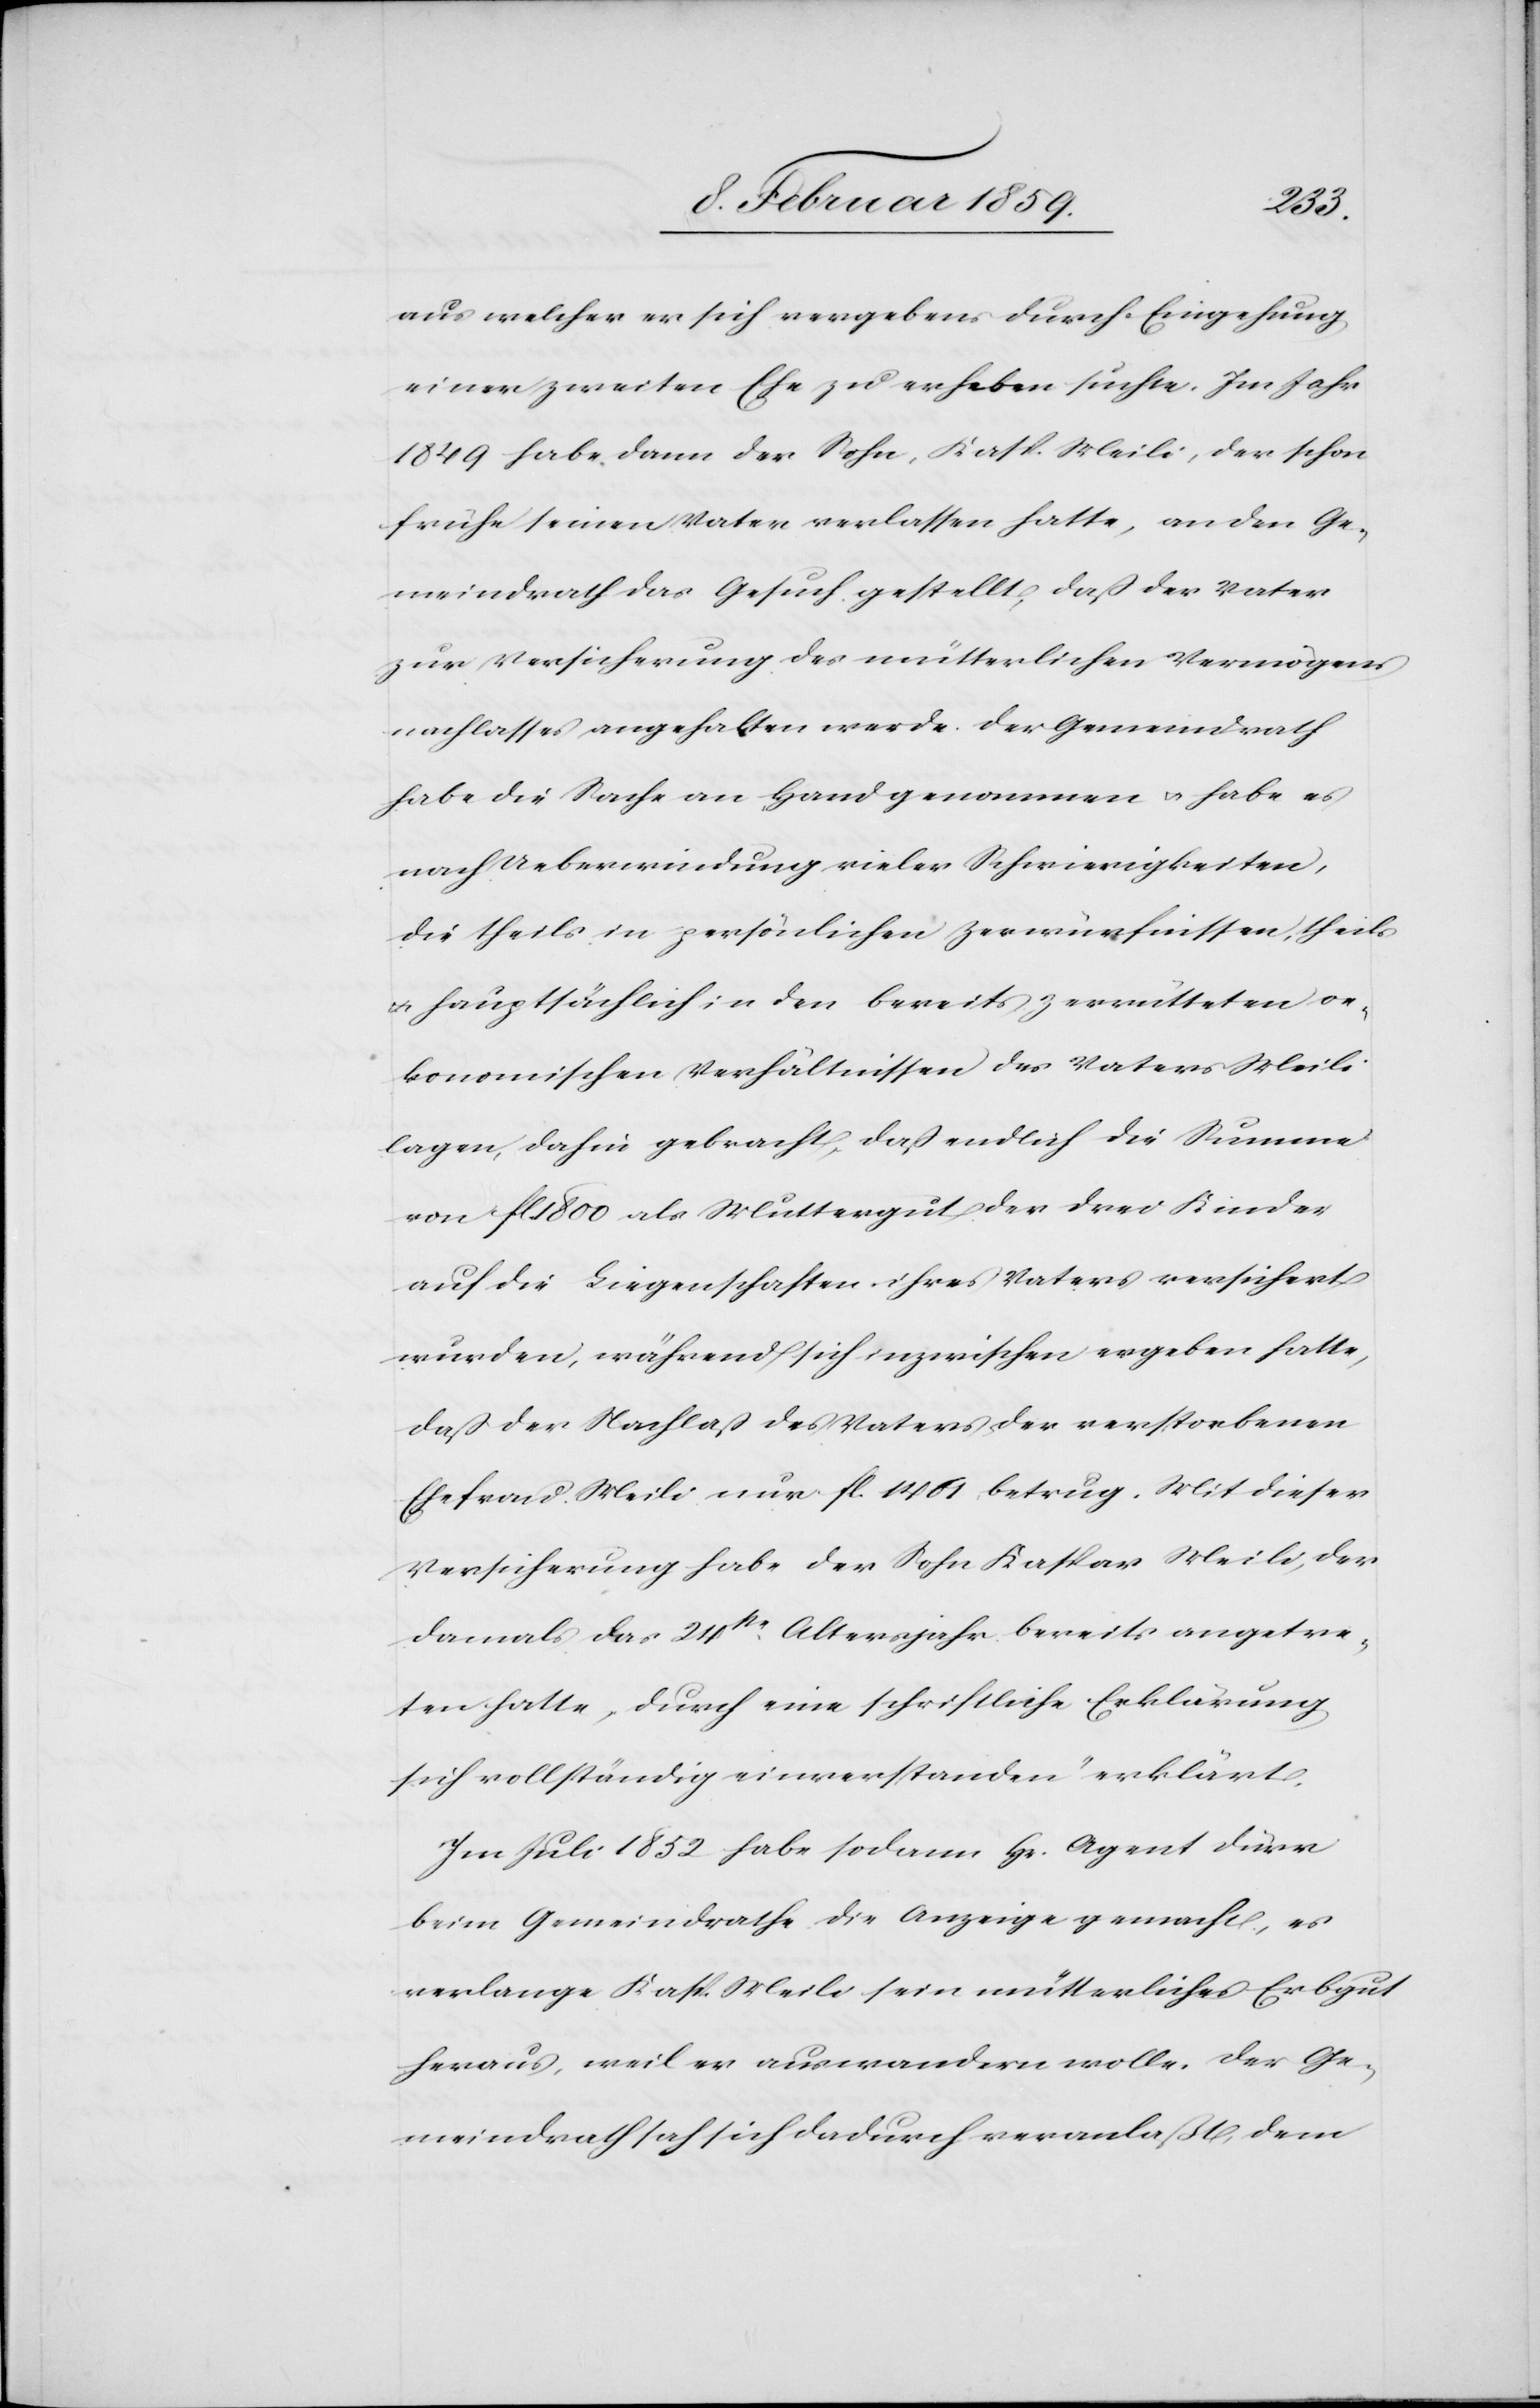
aus welcher er sich vergebens durch Eingehung
einer zweiten Ehe zu erheben suchte. Im Jahr
1849 habe dann der Sohn, Kasp. Meili, der schon
frühe seinen Vater verlassen hatte, an den Ge¬
meindrath das Gesuch gestellt, daß der Vater
zur Versicherung des mütterlichen Vermögens¬
nachlasses angehalten werde. Der Gemeindrath
habe die Sache an Hand genommen u. habe es
nach Ueberwindung vieler Schwierigkeiten,
die theils in persönlichen Zerwürfnissen, theils
u. hauptsächlich in den bereits zerrütteten oe¬
konomischen Verhältnissen des Vaters Meili
lagen, dahin gebracht, daß endlich die Summe
von fl. 1800 als Muttergut der drei Kinder
auf die Liegenschaften ihres Vaters versichert
wurden, während sich inzwischen ergeben hatte,
daß der Nachlaß des Vaters der verstorbenen
Ehefrau Meili nur fl. 1409 betrug. Mit dieser
Versicherung habe der Sohn Kaspar Meili, der
damals das 24ste. Altersjahr bereits angetre¬
ten hatte, durch eine schriftliche Erklärung
sich vollständig einverstanden erklärt.
Im Juli 1852 habe sodann Hr. Agent Dürr
beim Gemeindrathe die Anzeige gemacht, es
verlange Kasp. Meili sein mütterliches Erbgut
heraus, weil er auswandern wolle. Der Ge¬
meindrath sah sich dadurch veranlaßt, dem